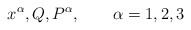
\begin{align*}x^{\alpha },Q,P^{\alpha },\qquad \alpha =1,2,3 \end{align*}